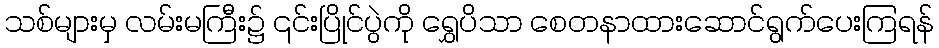
သစ်များမှ လမ်းမကြီး၌ ၎င်းပြိုင်ပွဲကို ရွှေပိသာ စေတနာထားဆောင်ရွက်ပေးကြရန်